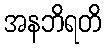
အနဘိရတိ